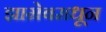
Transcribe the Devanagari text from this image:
झाग्रेबमधून